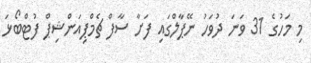
މި މަހުގެ 31 ވަނަ ދުވަހު ނޭޕާލްގައި ފަށާ ސާފް ޗެމްޕިއަންޝިޕް ފުޓްބޯޅަ